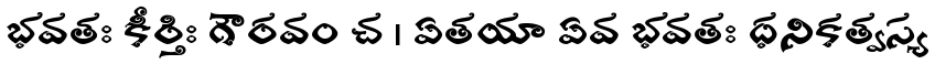
భవతః కీర్తిః గౌరవం చ । ఏతయా ఏవ భవతః ధనికత్వస్య